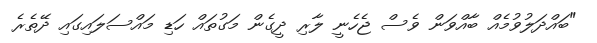
"ބައްދަލުވުމެއް ބާއްވަން ވެސް ޖެހެނީ ލާރި ދީގެން މަގުތައް ހަޑި މައްސަލައިގައި ދޭތެރެ